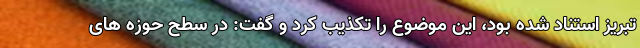
تبریز استناد شده بود، این موضوع را تکذیب کرد و گفت: در سطح حوزه های